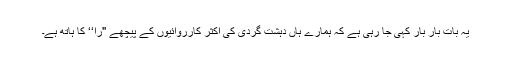
یہ بات بار بار کہی جا رہی ہے کہ ہمارے ہاں دہشت گردی کی اکثر کارروائیوں کے پیچھے ''را‘‘ کا ہاتھ ہے۔